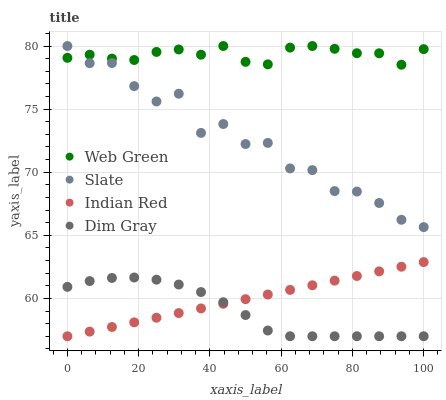
| xaxis_label | Web Green | Slate | Indian Red | Dim Gray |
 | --- | --- | --- | --- | --- |
 | 0 | 79.1 | 80 | 57 | 60.9 |
 | 6.25 | 79.3 | 78.6 | 57.4 | 61.4 |
 | 12.5 | 79 | 78.7 | 57.7 | 61.6 |
 | 18.8 | 78.9 | 76.8 | 58.1 | 61.7 |
 | 25 | 79.5 | 75.6 | 58.5 | 61.5 |
 | 31.2 | 79.7 | 76.2 | 58.8 | 61.1 |
 | 37.5 | 79.3 | 73.1 | 59.2 | 60.5 |
 | 43.8 | 80 | 73.8 | 59.6 | 59.7 |
 | 50 | 78.7 | 72.2 | 59.9 | 58.7 |
 | 56.2 | 78.5 | 72.3 | 60.3 | 57.5 |
 | 62.5 | 79.9 | 70.3 | 60.7 | 57 |
 | 68.8 | 80 | 70.2 | 61 | 57 |
 | 75 | 79.8 | 68.5 | 61.4 | 57 |
 | 81.2 | 79.4 | 68.5 | 61.8 | 57 |
 | 87.5 | 79.4 | 67.6 | 62.1 | 57 |
 | 93.8 | 78.5 | 66.2 | 62.5 | 57 |
 | 100 | 79.8 | 65.6 | 62.9 | 57 |